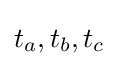
t_{a},t_{b},t_{c}